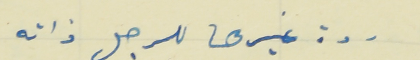
ردة غيرها للرجل ذاته